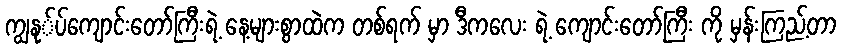
ကျွနု်ပ်ကျောင်းတော်ကြီးရဲ့ နေ့များစွာထဲက တစ်ရက် မှာ ဒီကလေး ရဲ့ ကျောင်းတော်ကြီး ကို မှန်းကြည့်တာ